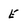
Character: E